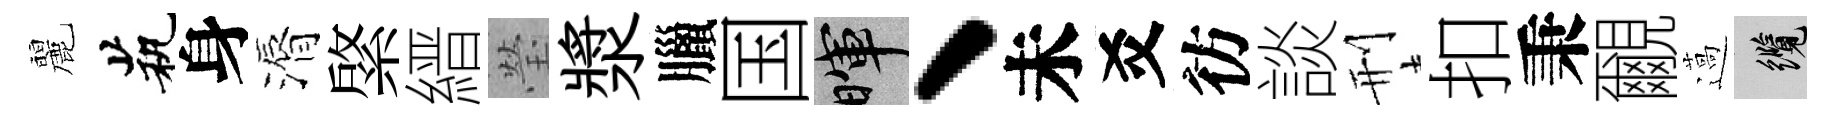
麗茕身漘綮縉瑩漿臘国暉、未爻彷談刑扣秉覼薖纜